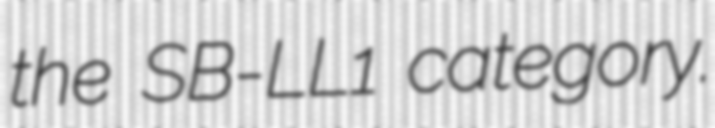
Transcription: the SB-LL1 category.